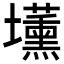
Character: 𡓽